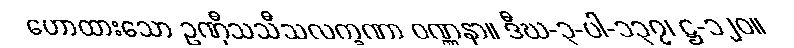
ဟောထားသော ဥဏှီသသီသလက္ခဏာ ဝဏ္ဏနာ။ ဒီဃ-၃-ပါ-၁၃၇၊ ဋ္ဌ-၁၂၀။